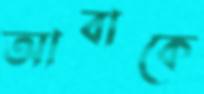
আবাকে